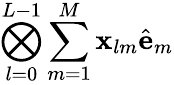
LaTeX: \bigotimes_{l=0}^{L-1}\sum_{m=1}^{M}\mathbf{x}_{lm}\hat{\mathbf{e}}_{m}